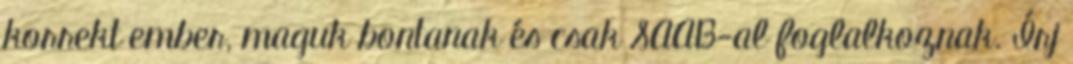
korrekt ember, maguk bontanak és csak SAAB-al foglalkoznak. Írj